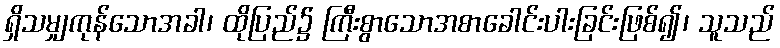
ရှိသမျှကုန်သောအခါ၊ ထိုပြည်၌ ကြီးစွာသောအစာခေါင်းပါးခြင်းဖြစ်၍၊ သူသည်